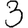
Digit: 3